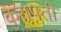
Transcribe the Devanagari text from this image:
कुरापती